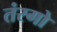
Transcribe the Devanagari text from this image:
तंरगो